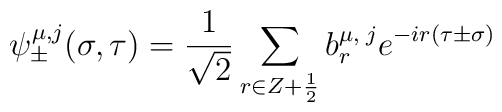
\psi_{\pm}^{\mu,j}(\sigma,\tau)=\frac{1}{\sqrt 2}\sum_{r\in Z+\frac{1}{2}}b_r^{\mu,\;j}e^{-ir (\tau\pm\sigma)}